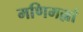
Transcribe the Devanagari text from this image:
मणिमल्लां